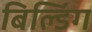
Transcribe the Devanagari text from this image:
बिल्‍डिंग